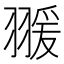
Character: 𦑛